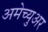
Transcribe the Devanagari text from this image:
अमेच्युअर